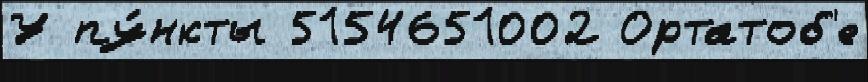
У пу́нкты 5154651002 Ортатоб'е